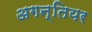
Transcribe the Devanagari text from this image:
अगन्तियर